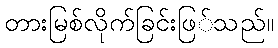
တားမြစ်လိုက်ခြင်းဖြ်သည်။